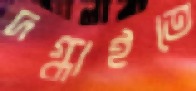
দগ্ধাইতে